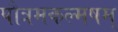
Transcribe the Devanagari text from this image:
पौत्रमकल्मषम्